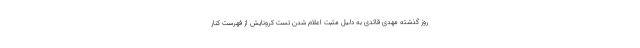
روز گذشته مهدی قائدی به دلیل مثبت اعلام شدن تست کرونایش از فهرست کنار